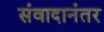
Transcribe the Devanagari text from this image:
संवादानंतर